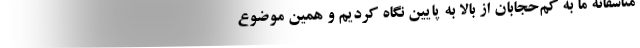
متاسفانه ما به کم‌حجابان از بالا به پایین نگاه کردیم و همین موضوع